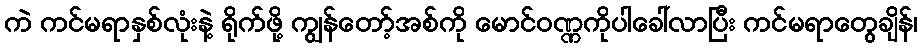
ကဲ ကင်မရာနှစ်လုံးနဲ့ ရိုက်ဖို့ ကျွန်တော့်အစ်ကို မောင်ဝဏ္ဏကိုပါခေါ်လာပြီး ကင်မရာတွေချိန်၊